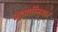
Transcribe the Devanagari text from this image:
व्युत्पत्तींनुसार